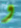
و